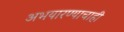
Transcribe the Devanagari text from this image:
अभयारण्याचाही